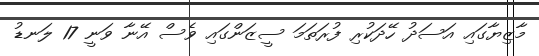
މާޒިޔާގައި އަސަދު ހޭދަކުރި ފުރަތަމަ ސީޒަންގައި ވެސް އޭނާ ވަނީ 17 ލަނޑު